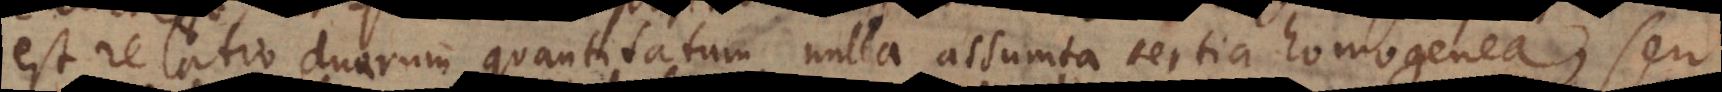
est relatio duarum quantitatum, nulla assumta tertia homogenea, seu